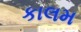
કાલમ